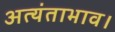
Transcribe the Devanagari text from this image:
अत्यंताभाव।